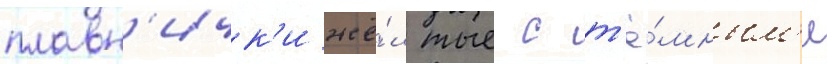
плавн'ичк'и жё́лтые с т'ё́мным'и